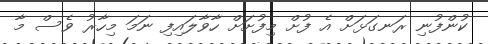
ކުންފުނި ރަނގަޅަށް އެ ފުށް މިފުށަށް ހާވާލައިފި ނަމަ މިހާރު ވެސް މާ